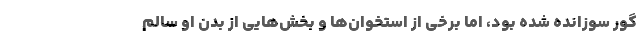
گور سوزانده شده بود، اما برخی از استخوان‌ها و بخش‌هایی از بدن او سالم